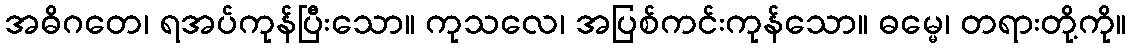
အဓိဂတေ၊ ရအပ်ကုန်ပြီးသော။ ကုသလေ၊ အပြစ်ကင်းကုန်သော။ ဓမ္မေ၊ တရားတို့ကို။